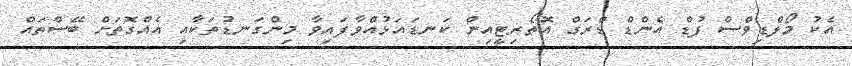
އެކު މޯލްޑިވްސް ފުޑް އެންޑް ޑްރަގް އޮތޯރިޓީއިން ކަނޑައަޅުއްވާފައިވާ މިންގަނޑުތަކާއި އެއްގޮތަށް ބޭސްތައް